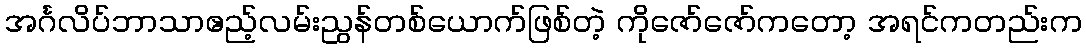
အင်္ဂလိပ်ဘာသာဧည့်လမ်းညွန်တစ်ယောက်ဖြစ်တဲ့ ကိုဇော်ဇော်ကတော့ အရင်ကတည်းက